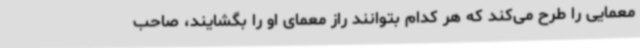
معمایی را طرح می‌کند که هر کدام بتوانند راز معمای او را بگشایند، صاحب